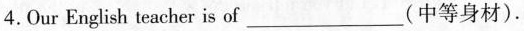
4.Our English teacher is of ___ (中等身材).